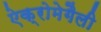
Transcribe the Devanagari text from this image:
ऐक्रोमेगैली